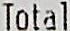
TOTAL